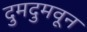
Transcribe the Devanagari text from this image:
दुमदुमवून